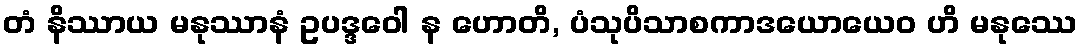
တံ နိဿာယ မနုဿာနံ ဥပဒ္ဒဝေါ န ဟောတိ, ပံသုပိသာစကာဒယောယေဝ ဟိ မနုဿေ